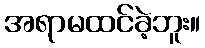
အရာမထင်ခဲ့ဘူး။